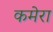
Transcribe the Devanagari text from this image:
कमेरा